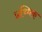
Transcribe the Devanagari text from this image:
प्रथ्मिक